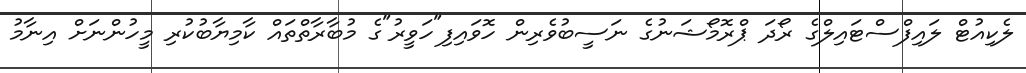
ލެކިއުޓް ލައިފްސްޓައިލްގެ ރޯދަ ޕްރޮމޯޝަނުގެ ނަސީބުވެރިން ހޮވައިފި"ހަވީރު"ގެ މުބާރާތްތައް ކާމިޔާބުކުރި މީހުންނަށް އިނާމު